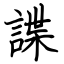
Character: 諜